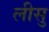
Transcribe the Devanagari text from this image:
लीसु